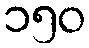
၁၅၀